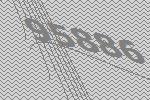
95886